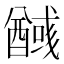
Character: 𮡃